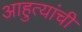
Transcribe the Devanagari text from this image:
आहुत्यांची